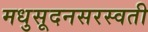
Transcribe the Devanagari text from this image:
मधुसूदनसरस्वती